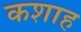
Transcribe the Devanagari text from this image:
कशाह